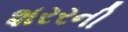
શરરની